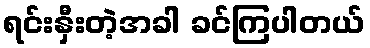
ရင်းနှီးတဲ့အခါ ခင်ကြပါတယ်